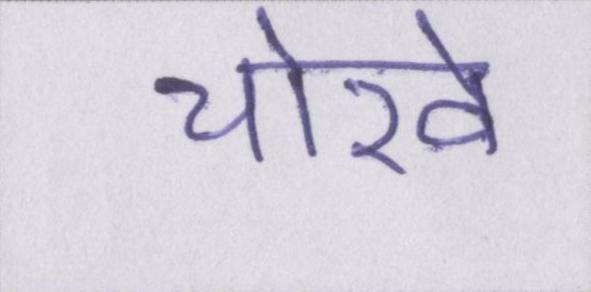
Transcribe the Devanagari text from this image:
चोखे